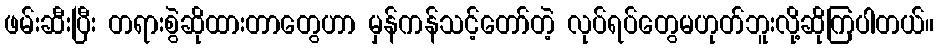
ဖမ်းဆီးပြီး တရားစွဲဆိုထားတာတွေဟာ မှန်ကန်သင့်တော်တဲ့ လုပ်ရပ်တွေမဟုတ်ဘူးလို့ဆိုကြပါတယ်။